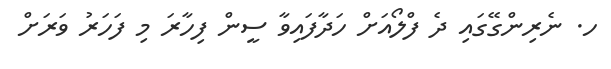
ހ. ނެރިންގޭގައި ދެ ފްލޯއަށް ހަދާފައިވާ ސީން ފިހާރަ މި ފަހަރު ވަރަށް